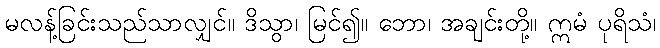
မလန့်ခြင်းသည်သာလျှင်။ ဒိသွာ၊ မြင်၍။ ဘော၊ အချင်းတို့။ ဣမံ ပုရိသံ၊